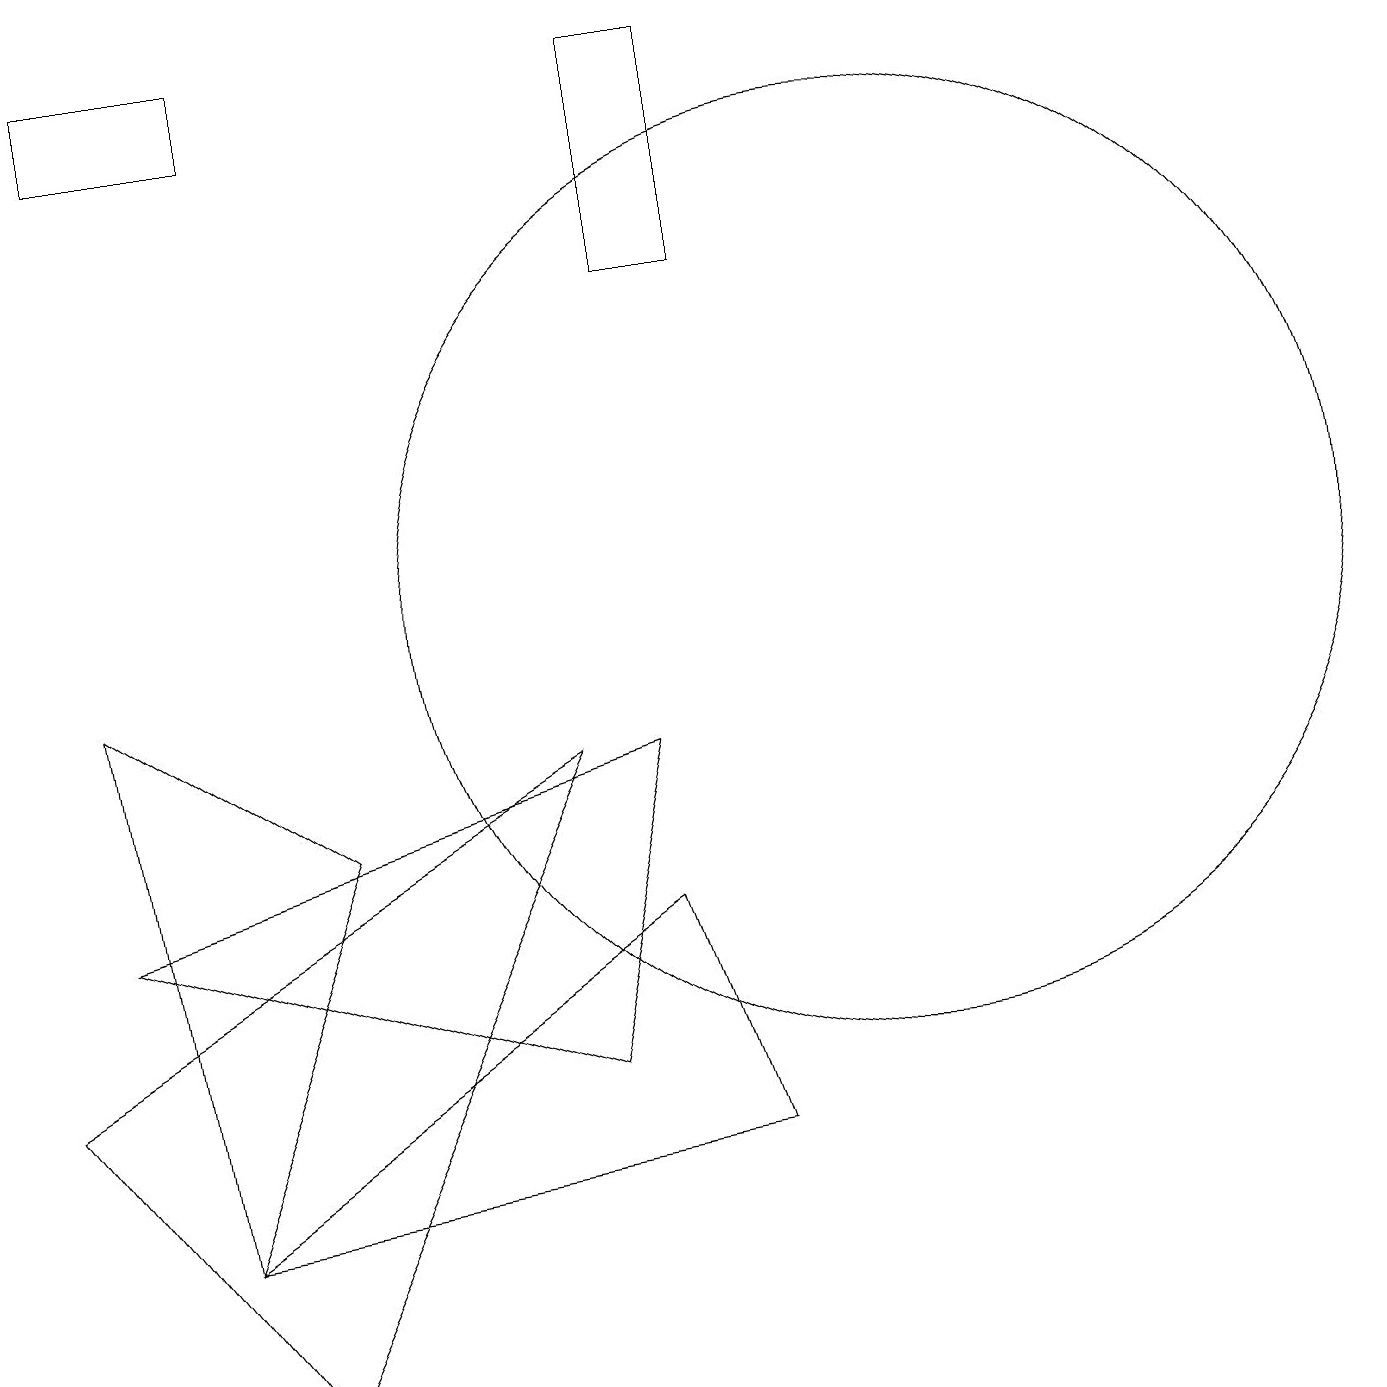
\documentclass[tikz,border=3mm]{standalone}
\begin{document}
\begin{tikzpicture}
\draw (8,17) rectangle (9,14);
\draw (1,16) rectangle (3,17);
\draw (8,6) -- (2,2) -- (9,3) -- cycle;
\draw (0,4) -- (7,8) -- (3,0) -- cycle;
\draw (2,2) -- (1,9) -- (4,7) -- cycle;
\draw (11,10) circle (6);
\draw (7,4) -- (1,6) -- (8,8) -- cycle;
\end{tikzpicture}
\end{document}